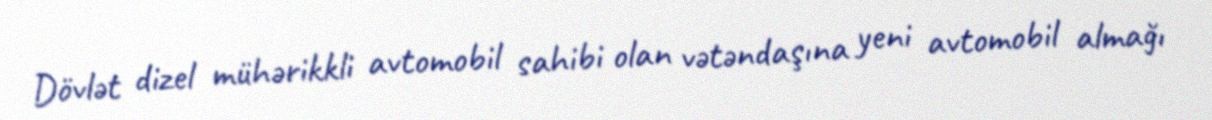
Dövlət dizel mühərikkli avtomobil sahibi olan vətəndaşına yeni avtomobil almağı